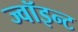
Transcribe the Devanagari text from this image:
ज्वॉइन्ट